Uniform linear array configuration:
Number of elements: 16
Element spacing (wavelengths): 0.5
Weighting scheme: kaiser
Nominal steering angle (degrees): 45
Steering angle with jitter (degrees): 46.031
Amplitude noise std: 0.05
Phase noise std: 0.05

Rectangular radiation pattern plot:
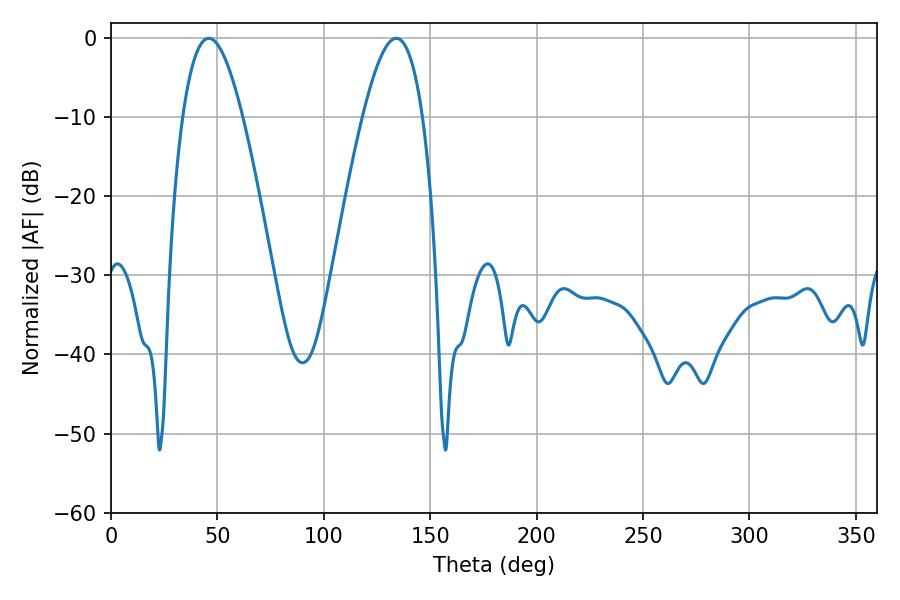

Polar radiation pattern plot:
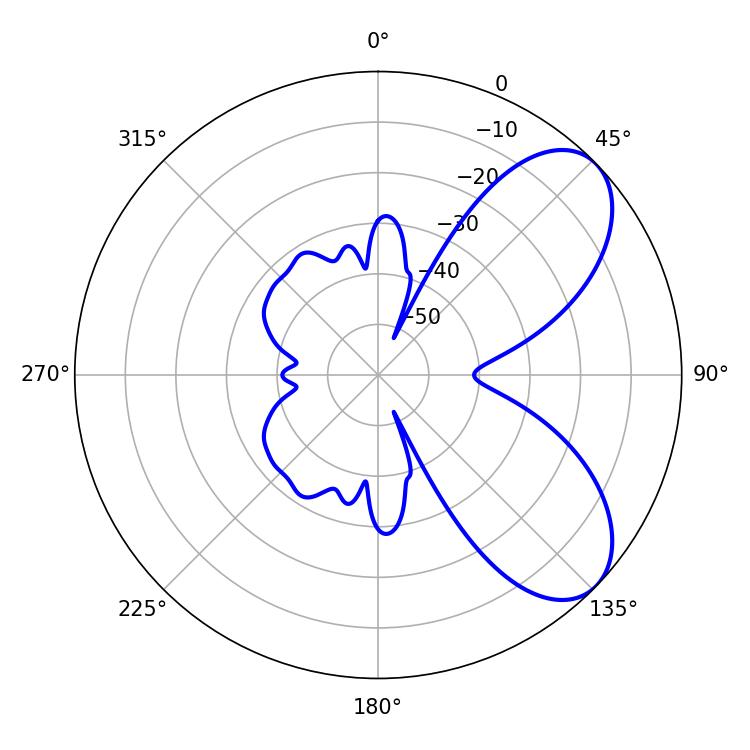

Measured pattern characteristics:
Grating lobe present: FALSE
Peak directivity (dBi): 6.78
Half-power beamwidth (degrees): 15.3
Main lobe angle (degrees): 45.9